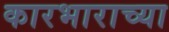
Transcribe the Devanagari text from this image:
कारभाराच्या